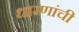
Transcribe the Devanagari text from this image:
धारणांची